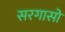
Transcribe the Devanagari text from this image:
सरगासो